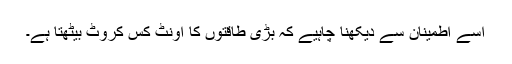
اُسے اطمینان سے دیکھنا چاہیے کہ بڑی طاقتوں کا اونٹ کس کروٹ بیٹھتا ہے۔